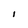
Character: l